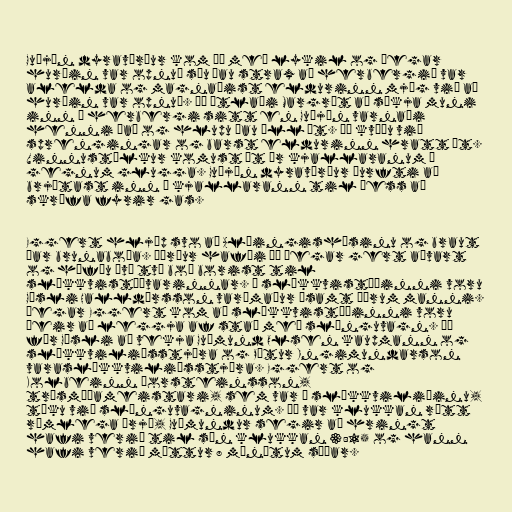
Guðjón dyravörður kom þá með lykil og þegar
hurðin var opnuð sáu þau strax að herbergið var
alelda og magnaðist eldurinn mjög við að
hurðin var opnuð. Þá ætlaði Margrét að sækja muni
inn í herbergi sitt en Guðjón varnaði
henni það og hlupu þau öll út. Þá kváðu við
sprengingar og barst eldurinn hratt út.
Vinnustúlkur komust út úr kjallaranum í
gegnum glugga. Guðjón dyravörður þurfti að
brjótast inn í kjallarann til þess að
skrúfa fyrir gas.

Eggert hljóp svo að Alþingishúsinu og braut
þar brunaboða. Þórður hafði þá þegar gert aðvart
og höfðu því tvö boð borist til
slökkvistöðvarinnar. Í slökkvistöðinni voru
Gísli Halldórsson varðmaður ásamt öðrum manni.
Þegar Eggert kom að slökkvistöðinni voru
þeir að leggja af stað með slönguvagn. Þá
fór Gísli að vekja Guðmund Olsen kaupmann og
slökkviliðsstjóra og Pétur Ingimundarson
varaslökkviliðsstjóra. Eggert og
Kolbeinn Þorsteinsson,
trésmíðameistari, sem var í slökkviliðinu,
tóku við slönguvagninum. Þá var klukkan rétt
rúmlega þrjú, Guðmundur segir að hringt
hafi verið til sín klukkan 3:15 og hann
hafi verið mættur 8 mínútum síðar.